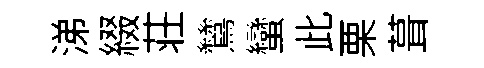
涕綴荘鷥蠻此栗葺